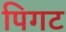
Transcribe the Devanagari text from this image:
पिगट